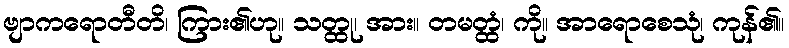
ဗျာကရောတီတိ၊ ကြား၏ဟု။ သတ္ထု၊ အား။ တမတ္ထံ၊ ကို။ အာရောစေသုံ၊ ကုန်၏။